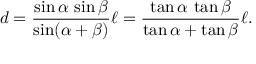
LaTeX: d = { \frac { \sin \alpha \, \sin \beta } { \sin ( \alpha + \beta ) } } \ell = { \frac { \tan \alpha \, \tan \beta } { \tan \alpha + \tan \beta } } \ell .